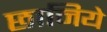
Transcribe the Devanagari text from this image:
छानिये